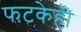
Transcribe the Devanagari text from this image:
फटकेही